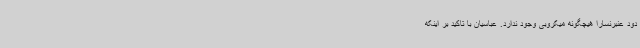
دود عنبرنسارا هیچگونه میکروبی وجود ندارد. عباسیان با تاکید بر اینکه